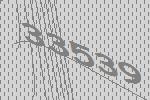
33539